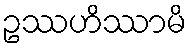
ဥဿဟိဿာမိ